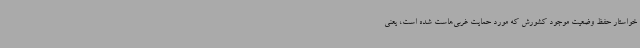
خواستار حفظ وضعیت موجود کشورش که مورد حمایت غربی‌هاست شده است، یعنی